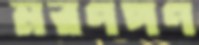
মরণপণ